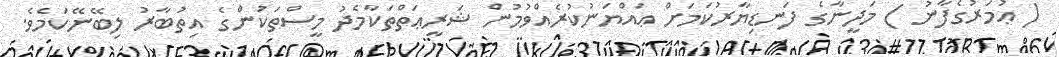
( ޢުމަރުގެފާނު ) މަދީނާގެ ފަނޑިޔާރުކަމަށް ޢައްޔަނުކުރެއްވުމުން ޝަރީޢަތްތަކާމެދު މީސްތަކުންގެ އިތުބާރު ލިބޭނޭކަމެވެ.